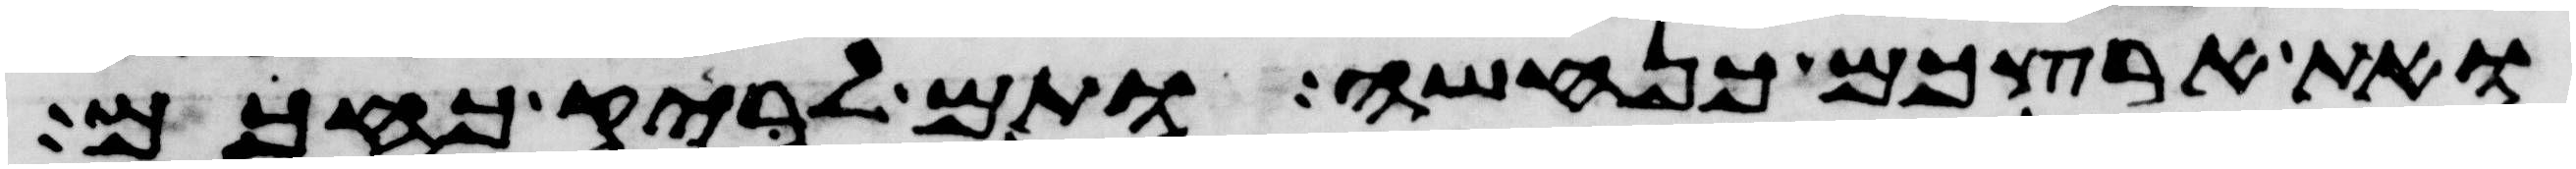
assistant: ואת ארצכם כנחשה ותם לריק כחכם